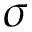
\sigma